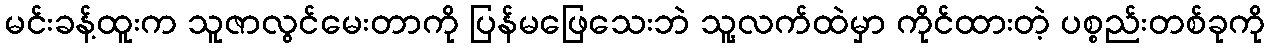
မင်းခန့်ထူးက သူဇာလွင်မေးတာကို ပြန်မဖြေသေးဘဲ သူ့လက်ထဲမှာ ကိုင်ထားတဲ့ ပစ္စည်းတစ်ခုကို